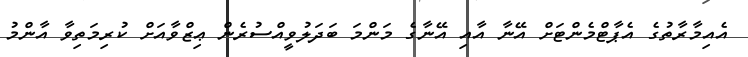
އެއިމާރާތުގެ އެޕާޓްމެންޓަށް އޭނާ އާއި އޭނާގެ މަންމަ ބަދަލުވީއްސުރެން ޢިޒްވާއަށް ކުރިމަތިވާ އާންމު